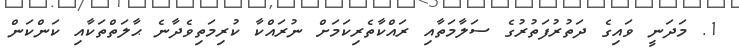
1. މަދަނީ ވައިގެ ދަތުރުފަތުރުގެ ސަލާމަތާއި ރައްކާތެރިކަމަށް ނުރައްކާ ކުރިމަތިވެދާނެ ޙާލަތްތަކާއި ކަންކަން